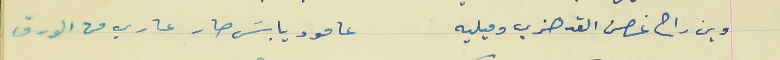
وين راح غصن القد هزي وميليه                            عامود يابسَ صار عاري من الورق